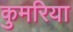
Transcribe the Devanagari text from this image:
कुमरिया